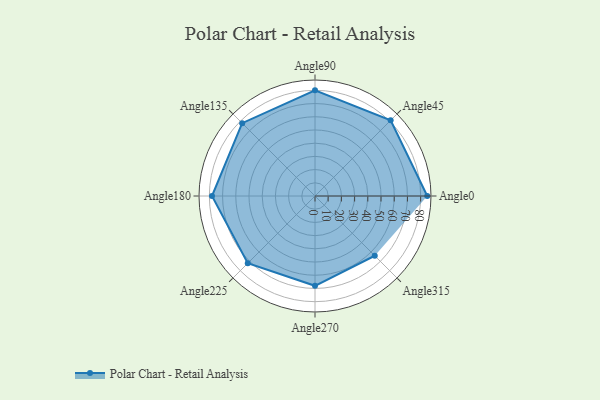
{"axis": {"x": "Angle", "y": "Radius"}, "legend": [""], "data": [{"x": "Angle0", "y": 85.0, "type": ""}, {"x": "Angle45", "y": 81.0, "type": ""}, {"x": "Angle90", "y": 80.0, "type": ""}, {"x": "Angle135", "y": 78.0, "type": ""}, {"x": "Angle180", "y": 78.0, "type": ""}, {"x": "Angle225", "y": 72.0, "type": ""}, {"x": "Angle270", "y": 68.0, "type": ""}, {"x": "Angle315", "y": 64.0, "type": ""}]}